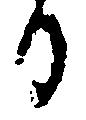
日